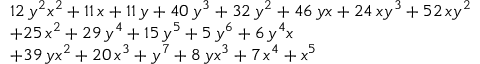
{ \begin{array} { r l } & { 1 2 \, { y } ^ { 2 } { x } ^ { 2 } + 1 1 \, x + 1 1 \, y + 4 0 \, { y } ^ { 3 } + 3 2 \, { y } ^ { 2 } + 4 6 \, y x + 2 4 \, x { y } ^ { 3 } + 5 2 \, x { y } ^ { 2 } } \\ & { + 2 5 \, { x } ^ { 2 } + 2 9 \, { y } ^ { 4 } + 1 5 \, { y } ^ { 5 } + 5 \, { y } ^ { 6 } + 6 \, { y } ^ { 4 } x } \\ & { + 3 9 \, y { x } ^ { 2 } + 2 0 \, { x } ^ { 3 } + { y } ^ { 7 } + 8 \, y { x } ^ { 3 } + 7 \, { x } ^ { 4 } + { x } ^ { 5 } } \end{array} }